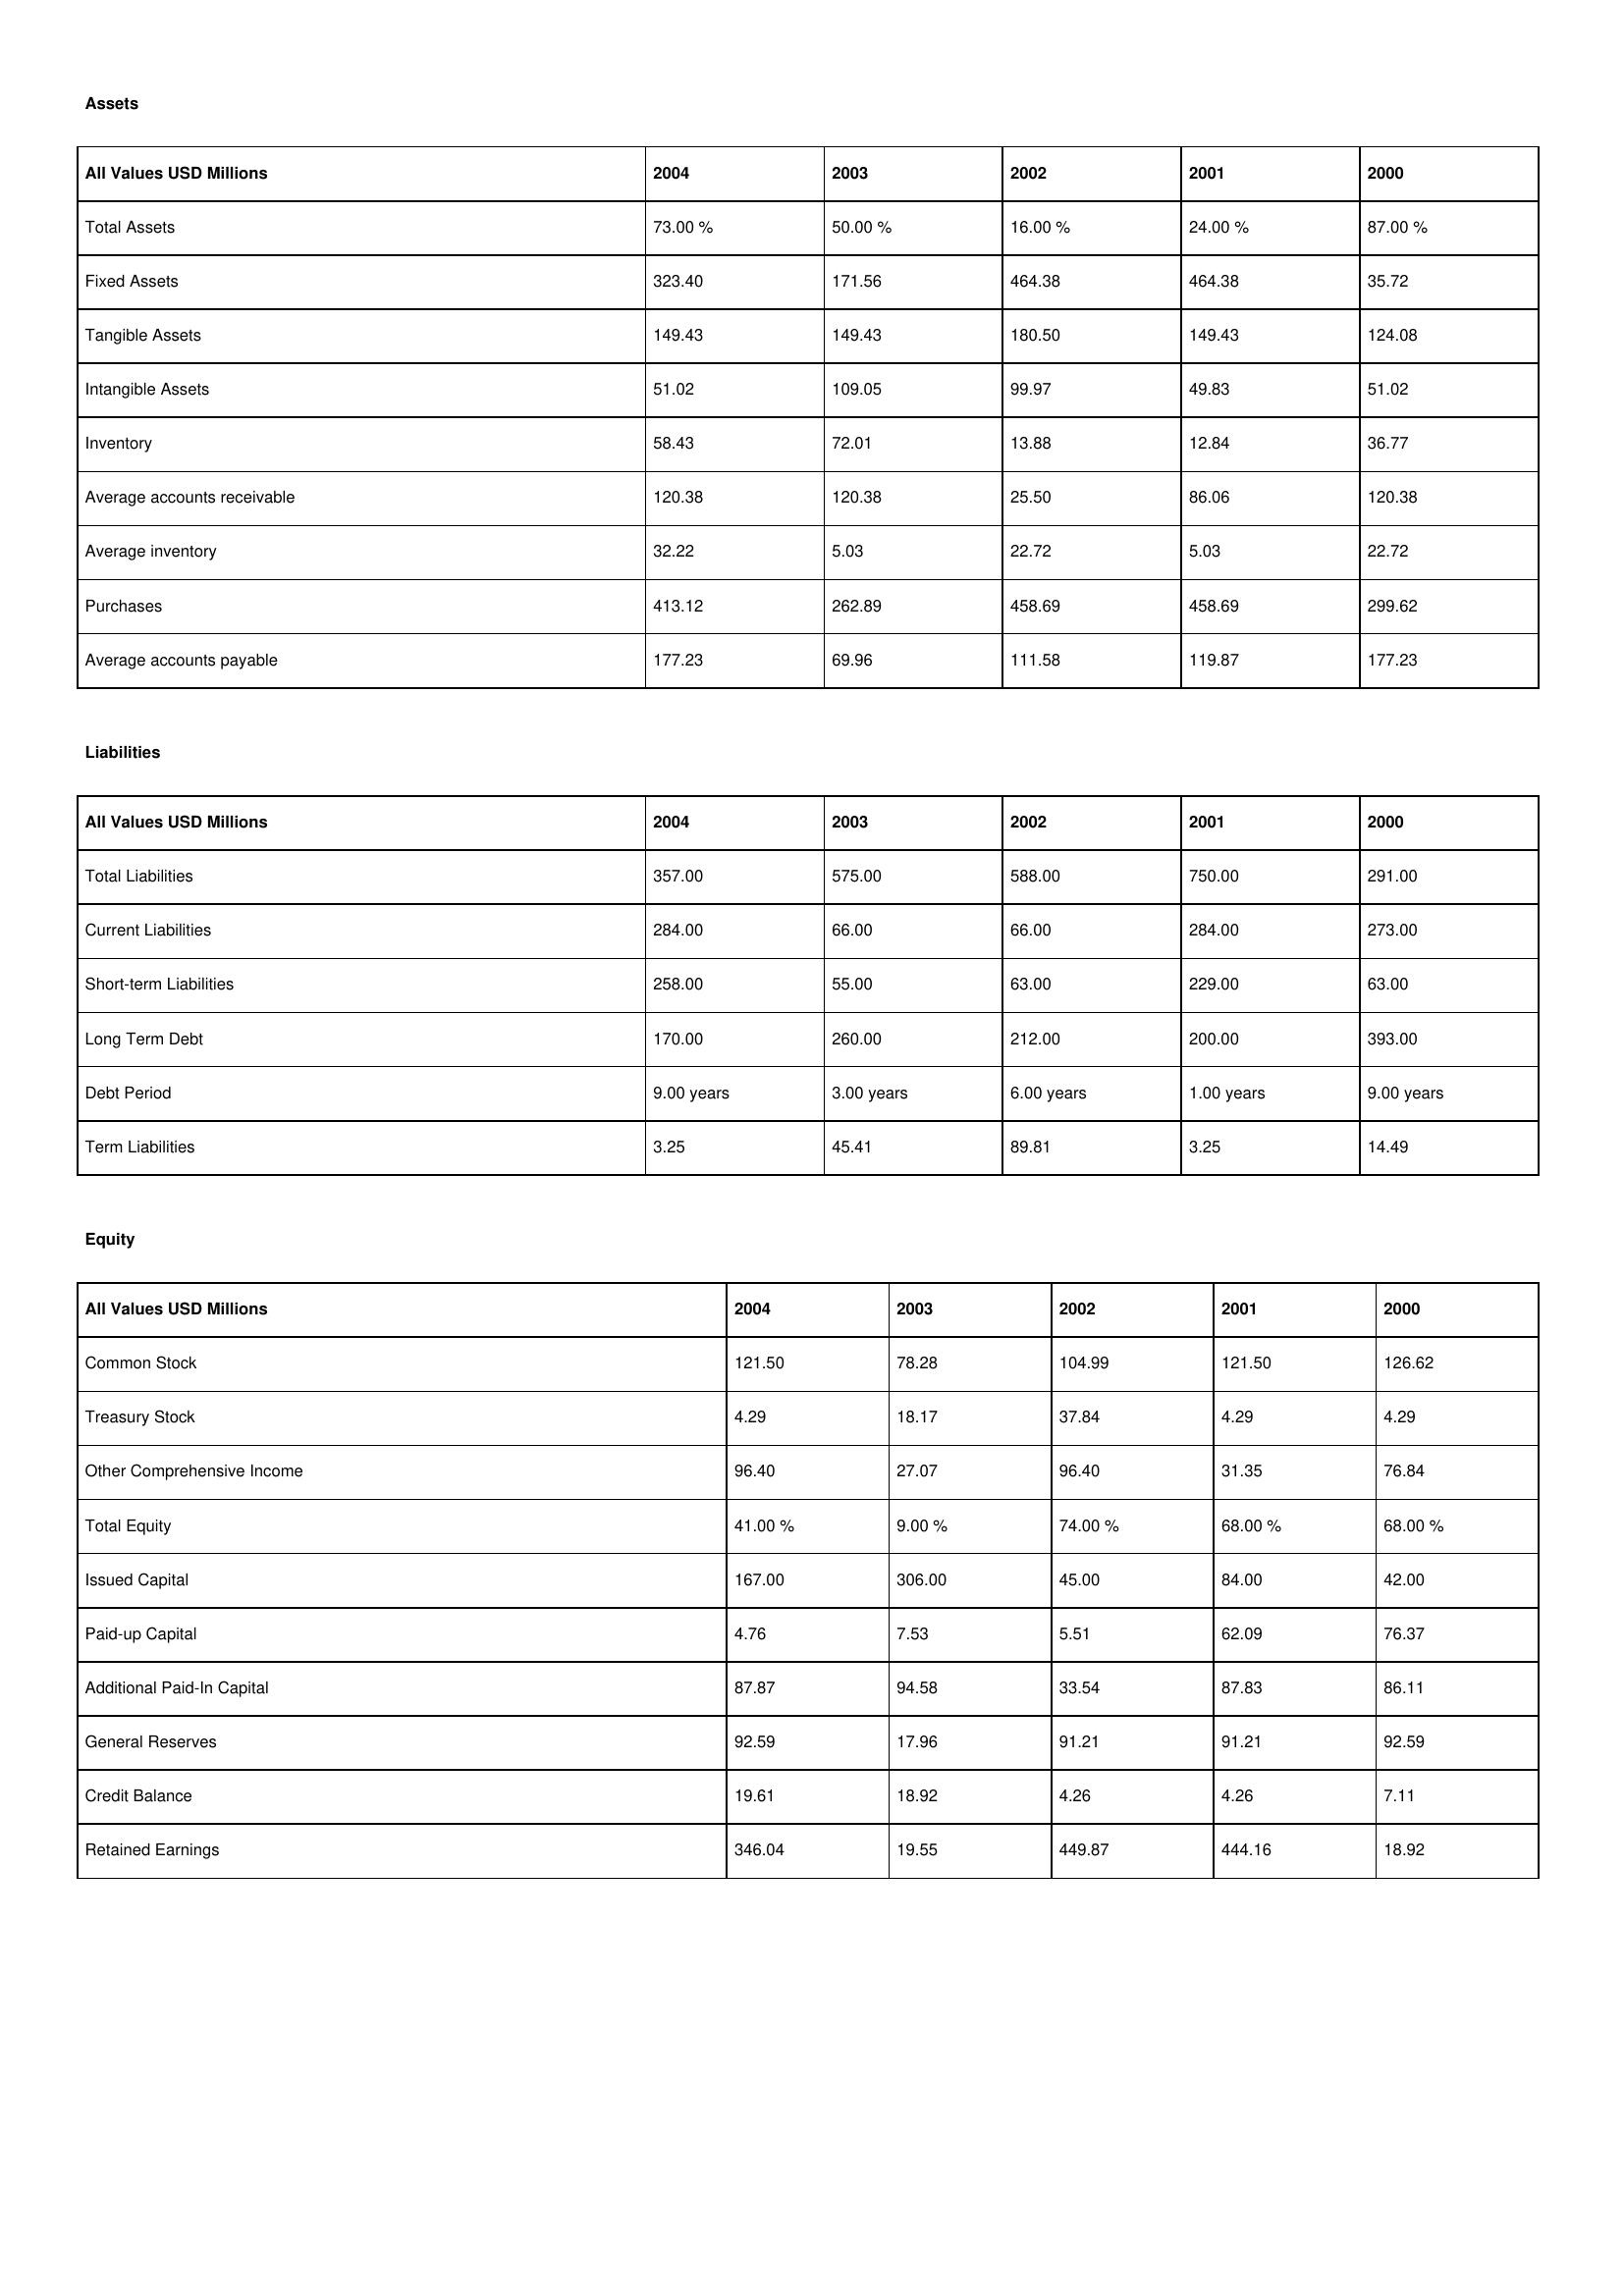
gt_parse: 2004: Assets: Total Assets: 73.00 %
Fixed Assets: 323.40
Tangible Assets: 149.43
Intangible Assets: 51.02
Inventory: 58.43
Average accounts receivable: 120.38
Average inventory: 32.22
Purchases: 413.12
Average accounts payable: 177.23
Liabilities: Total Liabilities: 357.00
Current Liabilities: 284.00
Short-term Liabilities: 258.00
Long Term Debt: 170.00
Debt Period: 9.00 years
Term Liabilities: 3.25
Equity: Common Stock: 121.50
Treasury Stock: 4.29
Other Comprehensive Income: 96.40
Total Equity: 41.00 %
Issued Capital: 167.00
Paid-up Capital: 4.76
Additional Paid-In Capital: 87.87
General Reserves: 92.59
Credit Balance: 19.61
Retained Earnings: 346.04
2003: Assets: Total Assets: 50.00 %
Fixed Assets: 171.56
Tangible Assets: 149.43
Intangible Assets: 109.05
Inventory: 72.01
Average accounts receivable: 120.38
Average inventory: 5.03
Purchases: 262.89
Average accounts payable: 69.96
Liabilities: Total Liabilities: 575.00
Current Liabilities: 66.00
Short-term Liabilities: 55.00
Long Term Debt: 260.00
Debt Period: 3.00 years
Term Liabilities: 45.41
Equity: Common Stock: 78.28
Treasury Stock: 18.17
Other Comprehensive Income: 27.07
Total Equity: 9.00 %
Issued Capital: 306.00
Paid-up Capital: 7.53
Additional Paid-In Capital: 94.58
General Reserves: 17.96
Credit Balance: 18.92
Retained Earnings: 19.55
2002: Assets: Total Assets: 16.00 %
Fixed Assets: 464.38
Tangible Assets: 180.50
Intangible Assets: 99.97
Inventory: 13.88
Average accounts receivable: 25.50
Average inventory: 22.72
Purchases: 458.69
Average accounts payable: 111.58
Liabilities: Total Liabilities: 588.00
Current Liabilities: 66.00
Short-term Liabilities: 63.00
Long Term Debt: 212.00
Debt Period: 6.00 years
Term Liabilities: 89.81
Equity: Common Stock: 104.99
Treasury Stock: 37.84
Other Comprehensive Income: 96.40
Total Equity: 74.00 %
Issued Capital: 45.00
Paid-up Capital: 5.51
Additional Paid-In Capital: 33.54
General Reserves: 91.21
Credit Balance: 4.26
Retained Earnings: 449.87
2001: Assets: Total Assets: 24.00 %
Fixed Assets: 464.38
Tangible Assets: 149.43
Intangible Assets: 49.83
Inventory: 12.84
Average accounts receivable: 86.06
Average inventory: 5.03
Purchases: 458.69
Average accounts payable: 119.87
Liabilities: Total Liabilities: 750.00
Current Liabilities: 284.00
Short-term Liabilities: 229.00
Long Term Debt: 200.00
Debt Period: 1.00 years
Term Liabilities: 3.25
Equity: Common Stock: 121.50
Treasury Stock: 4.29
Other Comprehensive Income: 31.35
Total Equity: 68.00 %
Issued Capital: 84.00
Paid-up Capital: 62.09
Additional Paid-In Capital: 87.83
General Reserves: 91.21
Credit Balance: 4.26
Retained Earnings: 444.16
2000: Assets: Total Assets: 87.00 %
Fixed Assets: 35.72
Tangible Assets: 124.08
Intangible Assets: 51.02
Inventory: 36.77
Average accounts receivable: 120.38
Average inventory: 22.72
Purchases: 299.62
Average accounts payable: 177.23
Liabilities: Total Liabilities: 291.00
Current Liabilities: 273.00
Short-term Liabilities: 63.00
Long Term Debt: 393.00
Debt Period: 9.00 years
Term Liabilities: 14.49
Equity: Common Stock: 126.62
Treasury Stock: 4.29
Other Comprehensive Income: 76.84
Total Equity: 68.00 %
Issued Capital: 42.00
Paid-up Capital: 76.37
Additional Paid-In Capital: 86.11
General Reserves: 92.59
Credit Balance: 7.11
Retained Earnings: 18.92